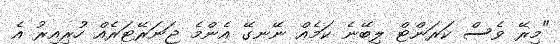
"މިރޭ ވެސް ކަރަންޓް ލިބޭނެ ކަމެއް ނޭނގޭ އެންމެ ޖަނަރޭޓަރެއް ހުރިއިރު އެ